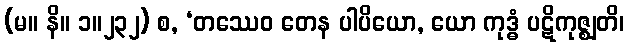
(မ။ နိ။ ၁။၂၃၂) စ, ‘တဿေဝ တေန ပါပိယော, ယော ကုဒ္ဓံ ပဋိကုဇ္ဈတိ၊